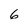
Character: 6